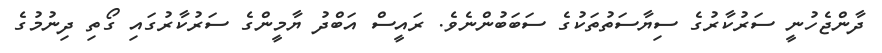
ދާންޖެހުނީ ސަރުކާރުގެ ސިޔާސަތުތަކުގެ ސަބަބުންނެވެ. ރައީސް އަބްދު ޔާމީންގެ ސަރުކާރުގައި ގޯތި ދިނުމުގެ